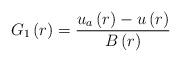
LaTeX: \begin{align*}G_{1}\left(r\right)=\frac{u_{a}\left(r\right)-u\left(r\right)}{B\left(r\right)}\end{align*}